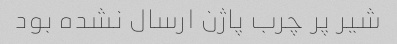
شیر پر چرب پاژن ارسال نشده بود